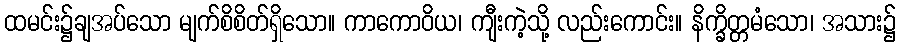
ထမင်း၌ချအပ်သော မျက်စိစိတ်ရှိသော။ ကာကောဝိယ၊ ကျီးကဲ့သို့ လည်းကောင်း။ နိက္ခိတ္တမံသော၊ အသား၌